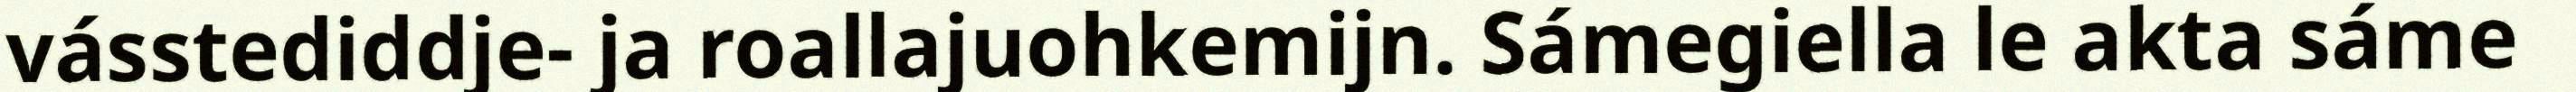
vásstediddje- ja roallajuohkemijn. Sámegiella le akta sáme